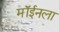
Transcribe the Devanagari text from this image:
मॉईनला